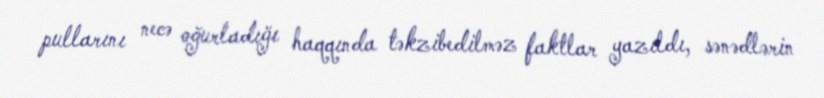
pullarını necə oğurladığı haqqında təkzibedilməz faktlar yazıldı, sənədlərin